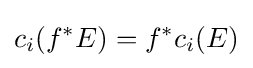
c_{i}(f^{*}E)=f^{*}c_{i}(E)